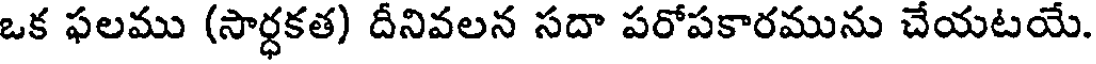
ఒక ఫలము (సార్ధకత) దీనివలన సదా పరోపకారమును చేయటయే